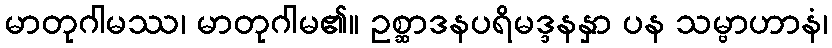
မာတုဂါမဿ၊ မာတုဂါမ၏။ ဥစ္ဆာဒနပရိမဒ္ဒနနှာ ပန သမ္ဗာဟာနံ၊